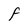
Character: F